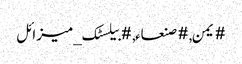
#یمن, #صنعاء, #بیلسٹک_میزائل